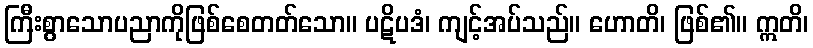
ကြီးစွာသောပညာကိုဖြစ်စေတတ်သော။ ပဋိပဒံ၊ ကျင့်အပ်သည်။ ဟောတိ၊ ဖြစ်၏။ ဣတိ၊